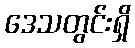
ဒေသတွင်းရှိ